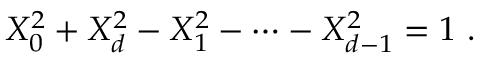
X _ { 0 } ^ { 2 } + X _ { d } ^ { 2 } - X _ { 1 } ^ { 2 } - \cdots - X _ { d - 1 } ^ { 2 } = 1 \ .